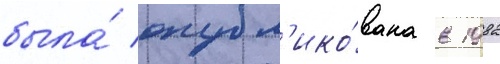
была́ опубл'ико́вана в 1982